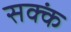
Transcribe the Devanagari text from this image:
सक्कं